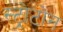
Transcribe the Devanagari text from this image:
स्ट्रोटोन